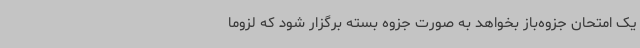
یک امتحان جزوه‌باز بخواهد به صورت جزوه بسته برگزار شود که لزوماً